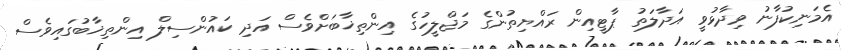
އެމަނިކުފާނު ވިދާޅުވީ އަދާލަތު ޕާޓީއިން ރައްޔިތުންގެ މަޖްލީހުގެ އިންތިޚާބަށްވެސް އަދި ކައުންސިލް އިންތިޚާބުގައިވެސް